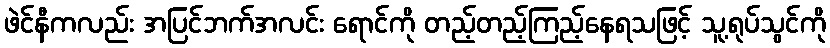
ဖဲင်နီကလည်း အပြင်ဘက်အလင်း ရောင်ကို တည့်တည့်ကြည့်နေရသဖြင့် သူ့ရုပ်သွင်ကို